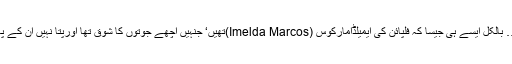
یہ تو پاگل پن کی باتیں ہیں… بالکل ایسے ہی جیسا کہ فلپائن کی ایمیلڈامارکوس (Imelda Marcos)تھیں‘ جنہیں اچھے جوتوں کا شوق تھا اورپتا نہیں اُن کے پاس کتنے ہزار جوتے تھے ۔